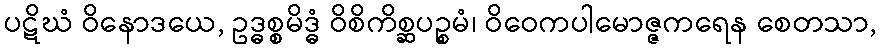
ပဋိဃံ ဝိနောဒယေ, ဥဒ္ဓစ္စမိဒ္ဓံ ဝိစိကိစ္ဆပဉ္စမံ၊ ဝိဝေကပါမောဇ္ဇကရေန စေတသာ,